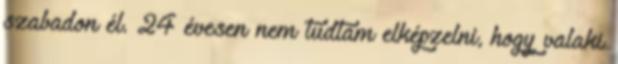
szabadon él. 24 évesen nem tudtam elképzelni, hogy valaki